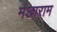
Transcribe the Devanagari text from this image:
मंछाराम